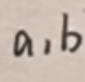
$a,b$